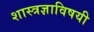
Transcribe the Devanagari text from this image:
शास्त्रज्ञाविषयी